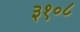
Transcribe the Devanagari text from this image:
३१०८